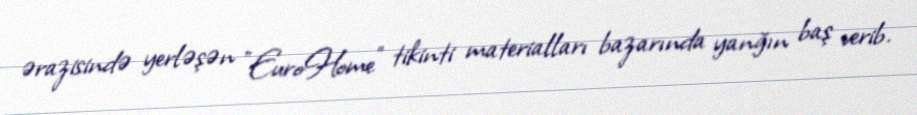
ərazisində yerləşən "EuroHome” tikinti materialları bazarında yanğın baş verib.